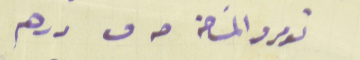
نومرو المسَاحة حـ ق درهم